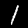
Label: 1